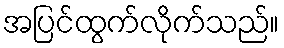
အပြင်ထွက်လိုက်သည်။